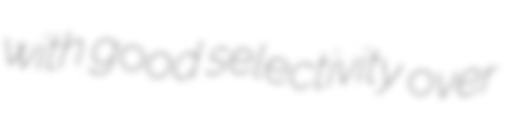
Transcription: with good selectivity over